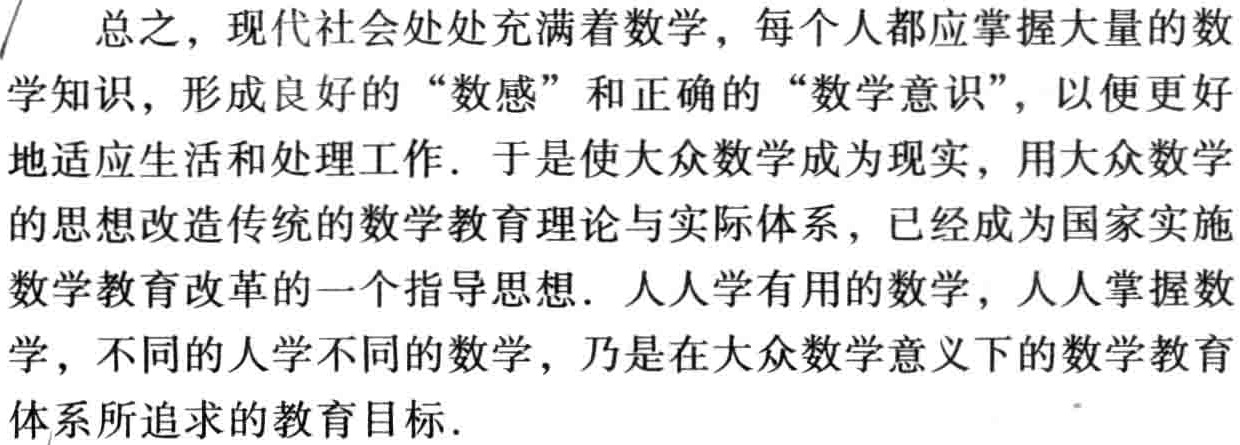
总之，现代社会处处充满着数学，每个人都应掌握大量的数学知识，形成良好的“数感”和正确的“数学意识”，以便更好地适应生活和处理工作. 于是使大众数学成为现实，用大众数学的思想改造传统的数学教育理论与实际体系，已经成为国家实施数学教育改革的一个指导思想. 人人学有用的数学，人人掌握数学，不同的人学不同的数学，乃是在大众数学意义下的数学教育体系所追求的教育目标.